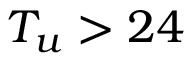
T _ { u } > 2 4